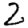
Digit: 2